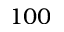
1 0 0